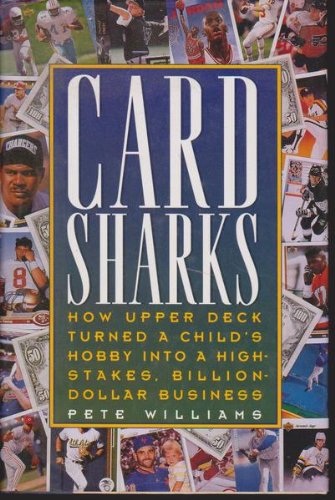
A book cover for Card Sharks: How Upper Deck Turned a Child's Hobby into a High-Stakes, Billion-Dollar Business; Pete Williams; Crafts, Hobbies & Home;